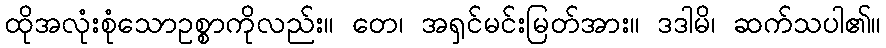
ထိုအလုံးစုံသောဥစ္စာကိုလည်း။ တေ၊ အရှင်မင်းမြတ်အား။ ဒဒါမိ၊ ဆက်သပါ၏။